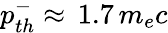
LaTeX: p_{th}^{-}\approx\, 1.7\, m_{e}c